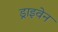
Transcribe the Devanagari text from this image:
ड्राइवेन